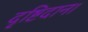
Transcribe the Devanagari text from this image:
दृष्टिदान।